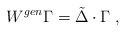
\begin{align*}W ^{gen} \Gamma = \tilde{\Delta} \cdot \Gamma \; ,\end{align*}